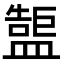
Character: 𥂷